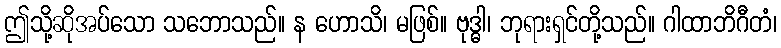
ဤသို့ဆိုအပ်သော သဘောသည်။ န ဟောသိ၊ မဖြစ်။ ဗုဒ္ဓါ၊ ဘုရားရှင်တို့သည်။ ဂါထာဘိဂီတံ၊